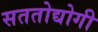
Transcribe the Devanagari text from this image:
सततोद्योगी